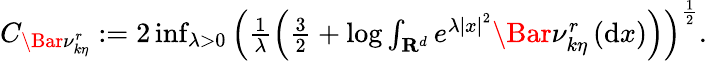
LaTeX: \begin{array}{r}{C_{\Bar{\nu}_{k\eta}^{r}}:=2\operatorname*{inf}_{\lambda>0}\left(\frac{1}{\lambda}\left(\frac{3}{2}+\log\int_{\mathbf{R}^{d}}e^{\lambda\left|x\right|^{2}}\Bar{\nu}_{k\eta}^{r}\left(\mathrm{d}x\right)\right)\right)^{\frac{1}{2}}.}\end{array}